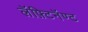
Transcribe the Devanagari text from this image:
लॅफ़्टिनॅण्ट